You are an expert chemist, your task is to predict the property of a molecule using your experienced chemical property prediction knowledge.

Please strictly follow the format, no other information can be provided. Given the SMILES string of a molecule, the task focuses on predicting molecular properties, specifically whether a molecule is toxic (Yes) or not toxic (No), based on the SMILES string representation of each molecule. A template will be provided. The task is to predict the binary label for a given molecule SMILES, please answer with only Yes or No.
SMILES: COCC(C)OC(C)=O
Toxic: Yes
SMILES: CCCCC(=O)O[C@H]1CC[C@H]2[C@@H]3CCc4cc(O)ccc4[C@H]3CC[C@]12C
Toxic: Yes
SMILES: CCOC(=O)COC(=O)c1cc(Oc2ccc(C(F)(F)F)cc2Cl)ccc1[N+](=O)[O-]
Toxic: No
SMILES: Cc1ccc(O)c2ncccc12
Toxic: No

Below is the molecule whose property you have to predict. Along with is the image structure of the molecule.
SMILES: ClC(Cl)(Cl)C(Cl)(Cl)Cl
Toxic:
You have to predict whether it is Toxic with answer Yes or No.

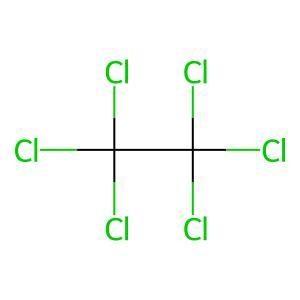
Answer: No